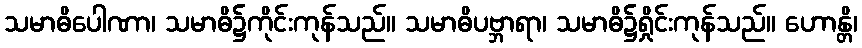
သမာဓိပေါဏာ၊ သမာဓိ၌ကိုင်းကုန်သည်။ သမာဓိပဗ္ဘာရာ၊ သမာဓိ၌ရှိုင်းကုန်သည်။ ဟောန္တိ၊